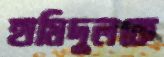
হামিদুলকে